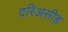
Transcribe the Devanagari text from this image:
दरिअसीह